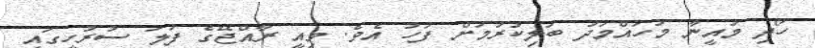
ހޯދި މުއީނާ މުހައްމަދު ބަލިކުރުމަށް ފަހު އެވެ. މިއީ ރާއްޖޭގެ ފަލަ ސުރުހީގައި